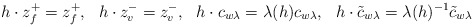
\begin{align*}h\cdot z_f^+=z_f^+,\ \ h\cdot z_v^-=z_v^-, \ \ h\cdot c_{w\lambda}=\lambda(h)c_{w\lambda},\ \ h\cdot \tilde{c}_{w\lambda}=\lambda(h)^{-1}\tilde{c}_{w\lambda}\end{align*}